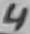
Text: 5